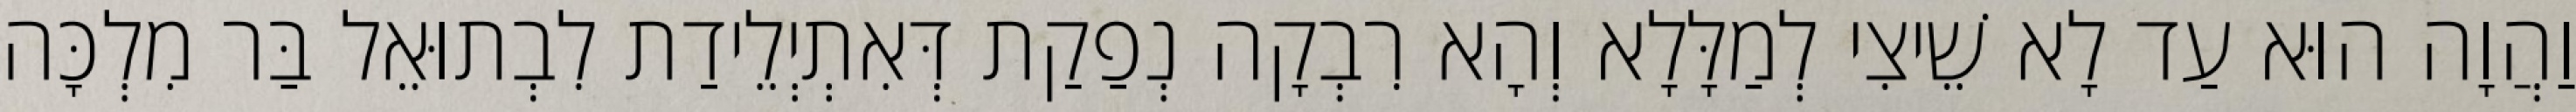
וַהֲוָה הוּא עַד לָא שֵׁיצִי לְמַלָּלָא וְהָא רִבְקָה נְפַקַת דְּאִתְיְלֵידַת לִבְתוּאֵל בַּר מִלְכָּה